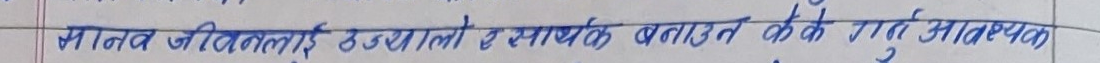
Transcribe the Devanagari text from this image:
मानव जीवनलाई उज्यालो र सार्थक बनाउन के के गर्न आवश्यक